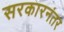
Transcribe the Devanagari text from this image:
सरकारनंतर